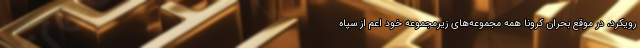
رویکرد، در موقع بحران کرونا همه مجموعه‌های زیرمجموعه خود اعم از سپاه